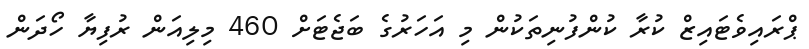
ޕްރައިވެޓައިޒް ކުރާ ކުންފުނިތަކުން މި އަހަރުގެ ބަޖެޓަށް 460 މިލިއަން ރުފިޔާ ހޯދަން